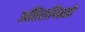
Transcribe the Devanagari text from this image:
अतिरापिळ्ळी